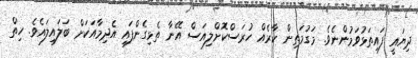
ދިޔައީ ފައިތަޅުވަމުންނެވެ. މަގުމަތިން ކާރެއް ހުރަސްކޮށްލިއަސް އޭނާ ތެޅިގެންފައި އެދިމާއަކަށް ބަލައިލައެވެ. ހިތް